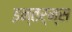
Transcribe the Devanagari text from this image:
इन्तर्न्स